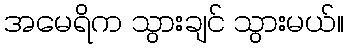
အမေရိက သွားချင် သွားမယ်။